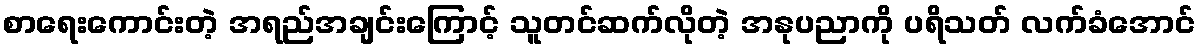
စာရေးကောင်းတဲ့ အရည်အချင်းကြောင့် သူတင်ဆက်လိုတဲ့ အနုပညာကို ပရိသတ် လက်ခံအောင်